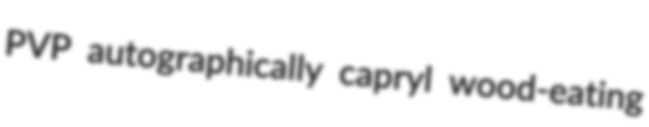
PVP autographically capryl wood-eating